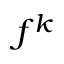
f ^ { k }